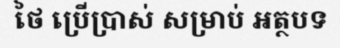
ថៃ ប្រើប្រាស់ សម្រាប់ អត្ថបទ